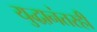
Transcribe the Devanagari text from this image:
युद्धानंतरही